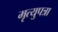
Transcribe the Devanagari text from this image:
मृत्युपत्रा